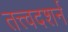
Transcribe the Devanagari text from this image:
तत्त्वदशर्न